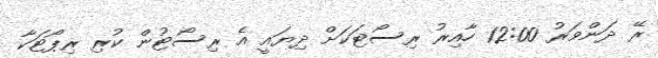
ރޭ ދަންވަރު 12:00 ހާއިރު ރިސޯޓަކަށް ދިޔައީ އެ ރިސޯޓުން ކުރި ރިޕޯޓަކާ